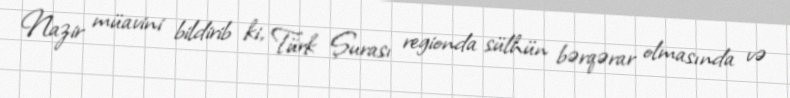
Nazir müavini bildirib ki, Türk Şurası regionda sülhün bərqərar olmasında və